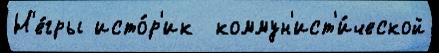
Н'е́гры исто́р'ик  коммун'ист'и́ческой